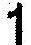
1